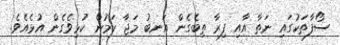
ސޯފާތަކުގައި ނަތާ އާއި ފިރާ ތިބެގެން އަނބު މަޖާ ކަމުން ކުޅިވެގެން އުޅެއެވެ.